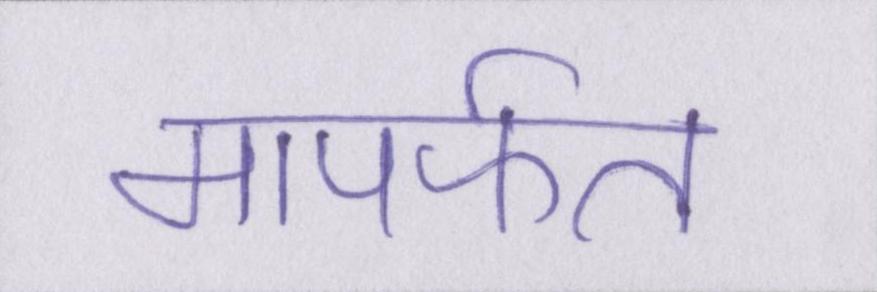
मापर्फत